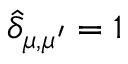
\widehat \delta _ { \mu , \mu ^ { \prime } } = 1